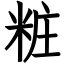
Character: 粧